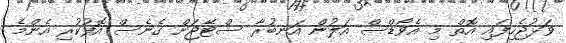
ވަޅުޖެހިފައި އޮތް މި އެވޯޑްސް އަލުން އަނބުރާ ސްޓޭޖަށް ގެނެސް އޮފުކުރި އެންމެ